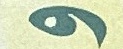
و